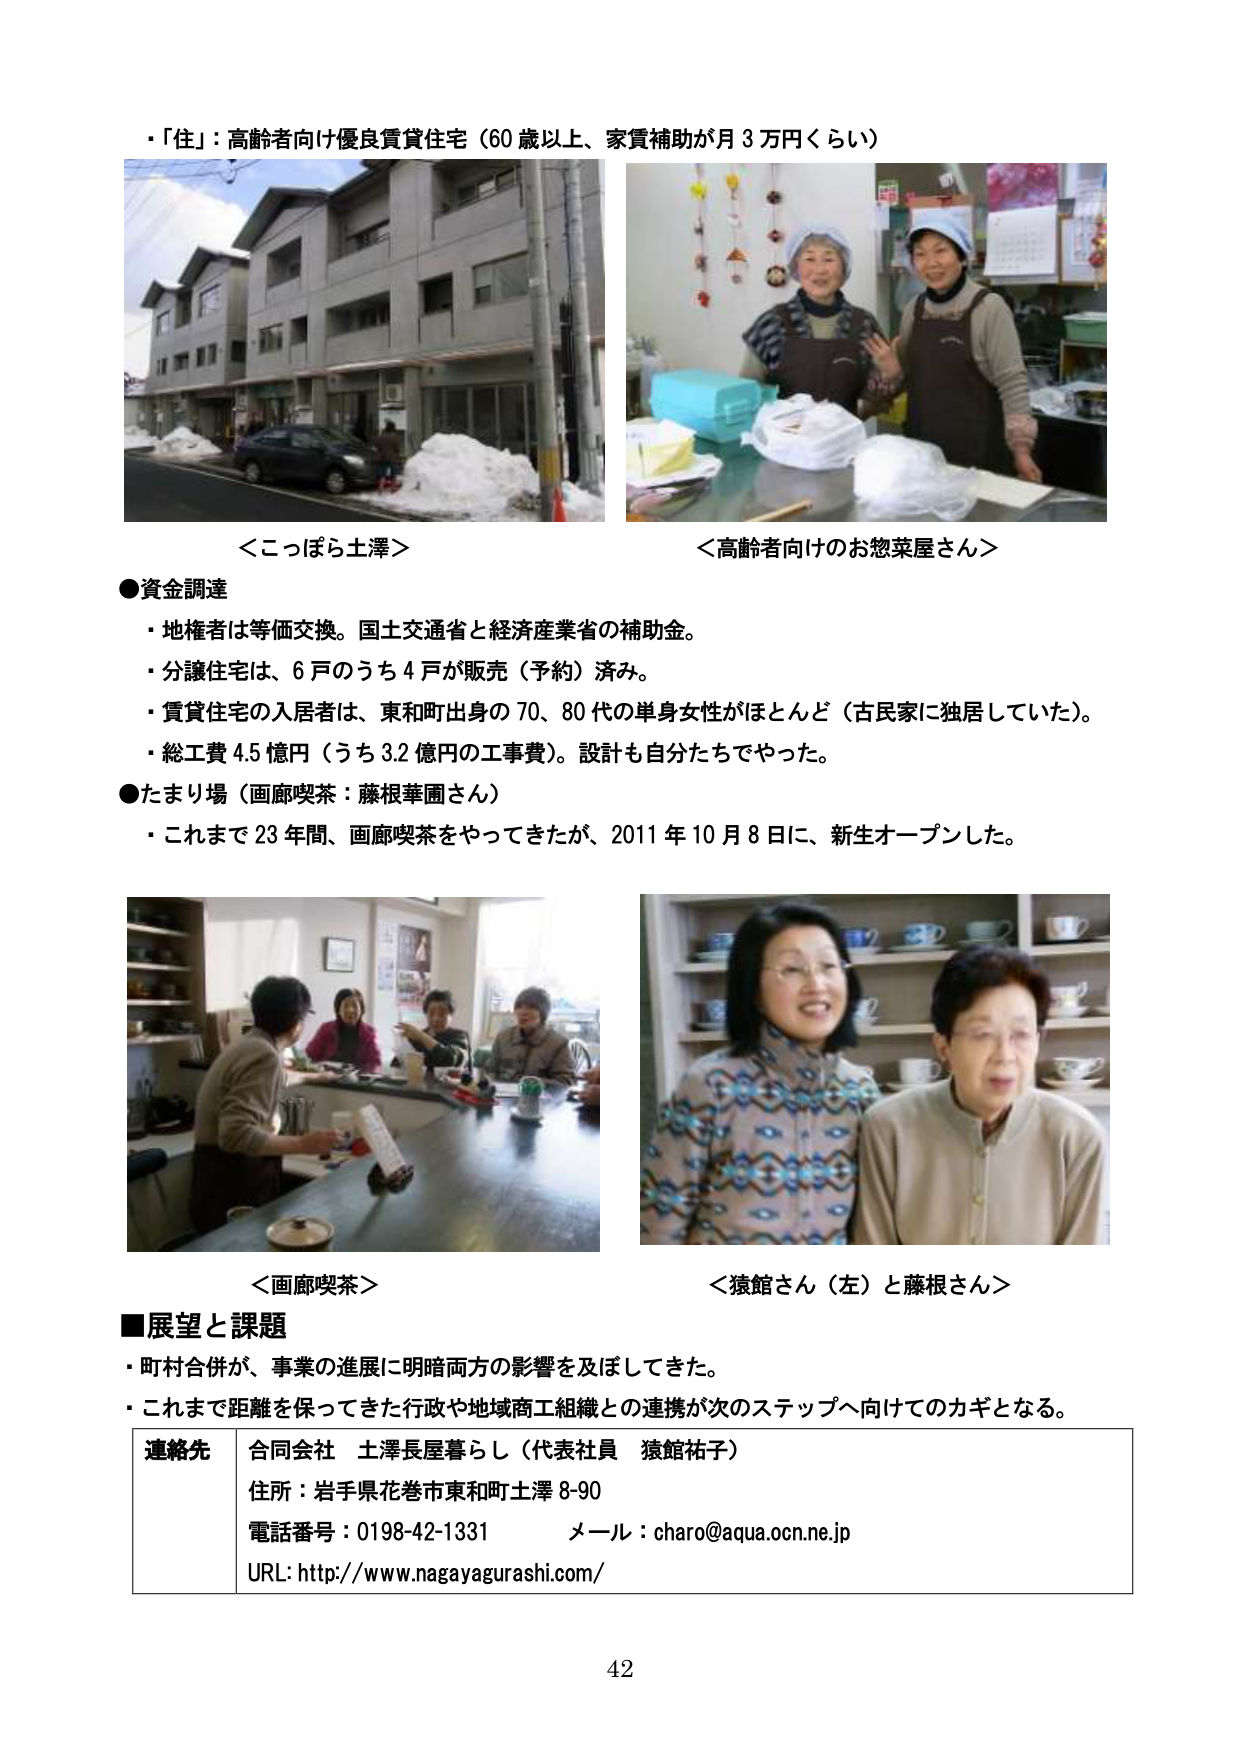
・「住」：高齢者向け優良賃貸住宅（60歳以上、家賃補助が月3万円くらい）

＜こっぱら土澤＞

＜高齢者向けのお惣菜屋さん＞

●資金調達
・地権者は等価交換。国土交通省と経済産業省の補助金。
・分譲住宅は、6戸のうち4戸が販売（予約）済み。
・賃貸住宅の入居者は、東和町出身の70、80代の単身女性がほとんど（古民家に独居していた）。
・総工費4.5億円（うち3.2億円の工事費）。設計も自分たちでやった。

●たまり場（画廊喫茶：藤根華圃さん）
・これまで23年間、画廊喫茶をやってきたが、2011年10月8日に、新生オープンした。

＜画廊喫茶＞

＜猿館さん（左）と藤根さん＞

■展望と課題
・町村合併が、事業の進展に明暗両方の影響を及ぼしてきた。
・これまで距離を保ってきた行政や地域商工組織との連携が次のステップへ向けてのカギとなる。

連絡先　合同会社　土澤長屋暮らし（代表社員　猿館祐子）
住所：岩手県花巻市東和町土澤8-90
電話番号：0198-42-1331　メール：charo@aqua.ocn.ne.jp
URL: http://www.nagayagurashi.com/

42